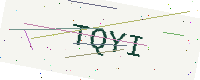
Text: TQYI